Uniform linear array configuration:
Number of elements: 12
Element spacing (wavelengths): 0.75
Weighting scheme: blackman
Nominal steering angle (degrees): -30
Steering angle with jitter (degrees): -29.856
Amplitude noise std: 0.05
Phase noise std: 0.05

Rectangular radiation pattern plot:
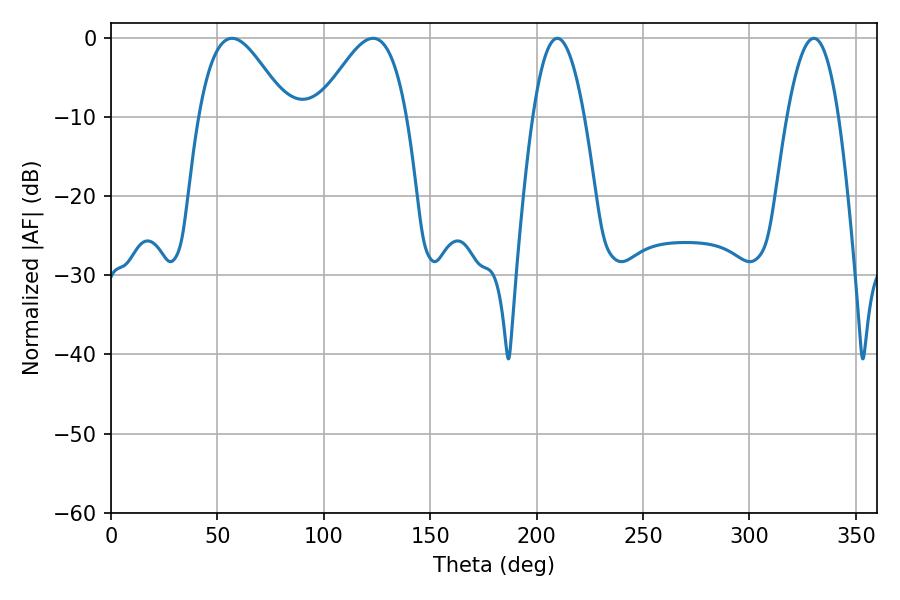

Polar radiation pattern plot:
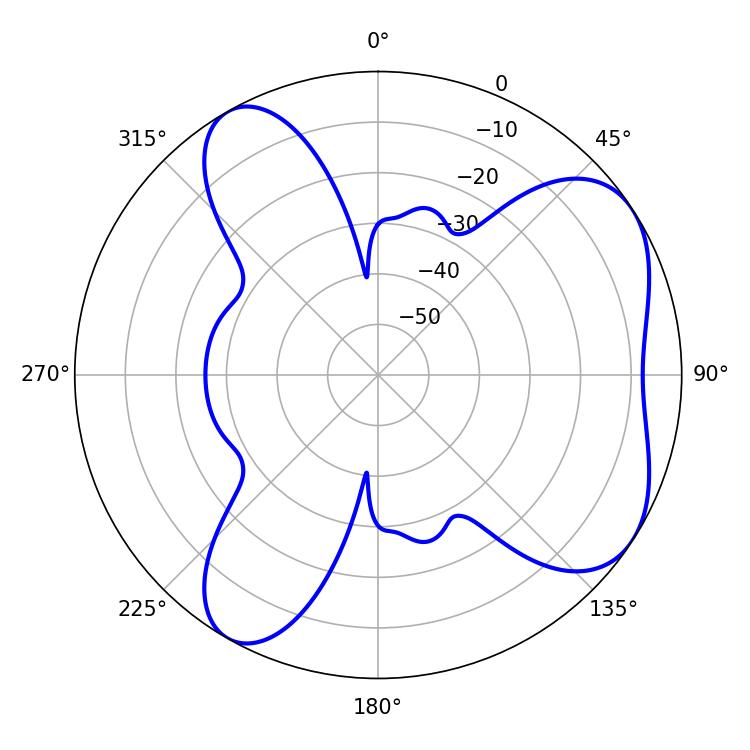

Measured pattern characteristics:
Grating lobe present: TRUE
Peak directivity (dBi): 5.902
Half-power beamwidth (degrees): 22.32
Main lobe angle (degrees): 56.88